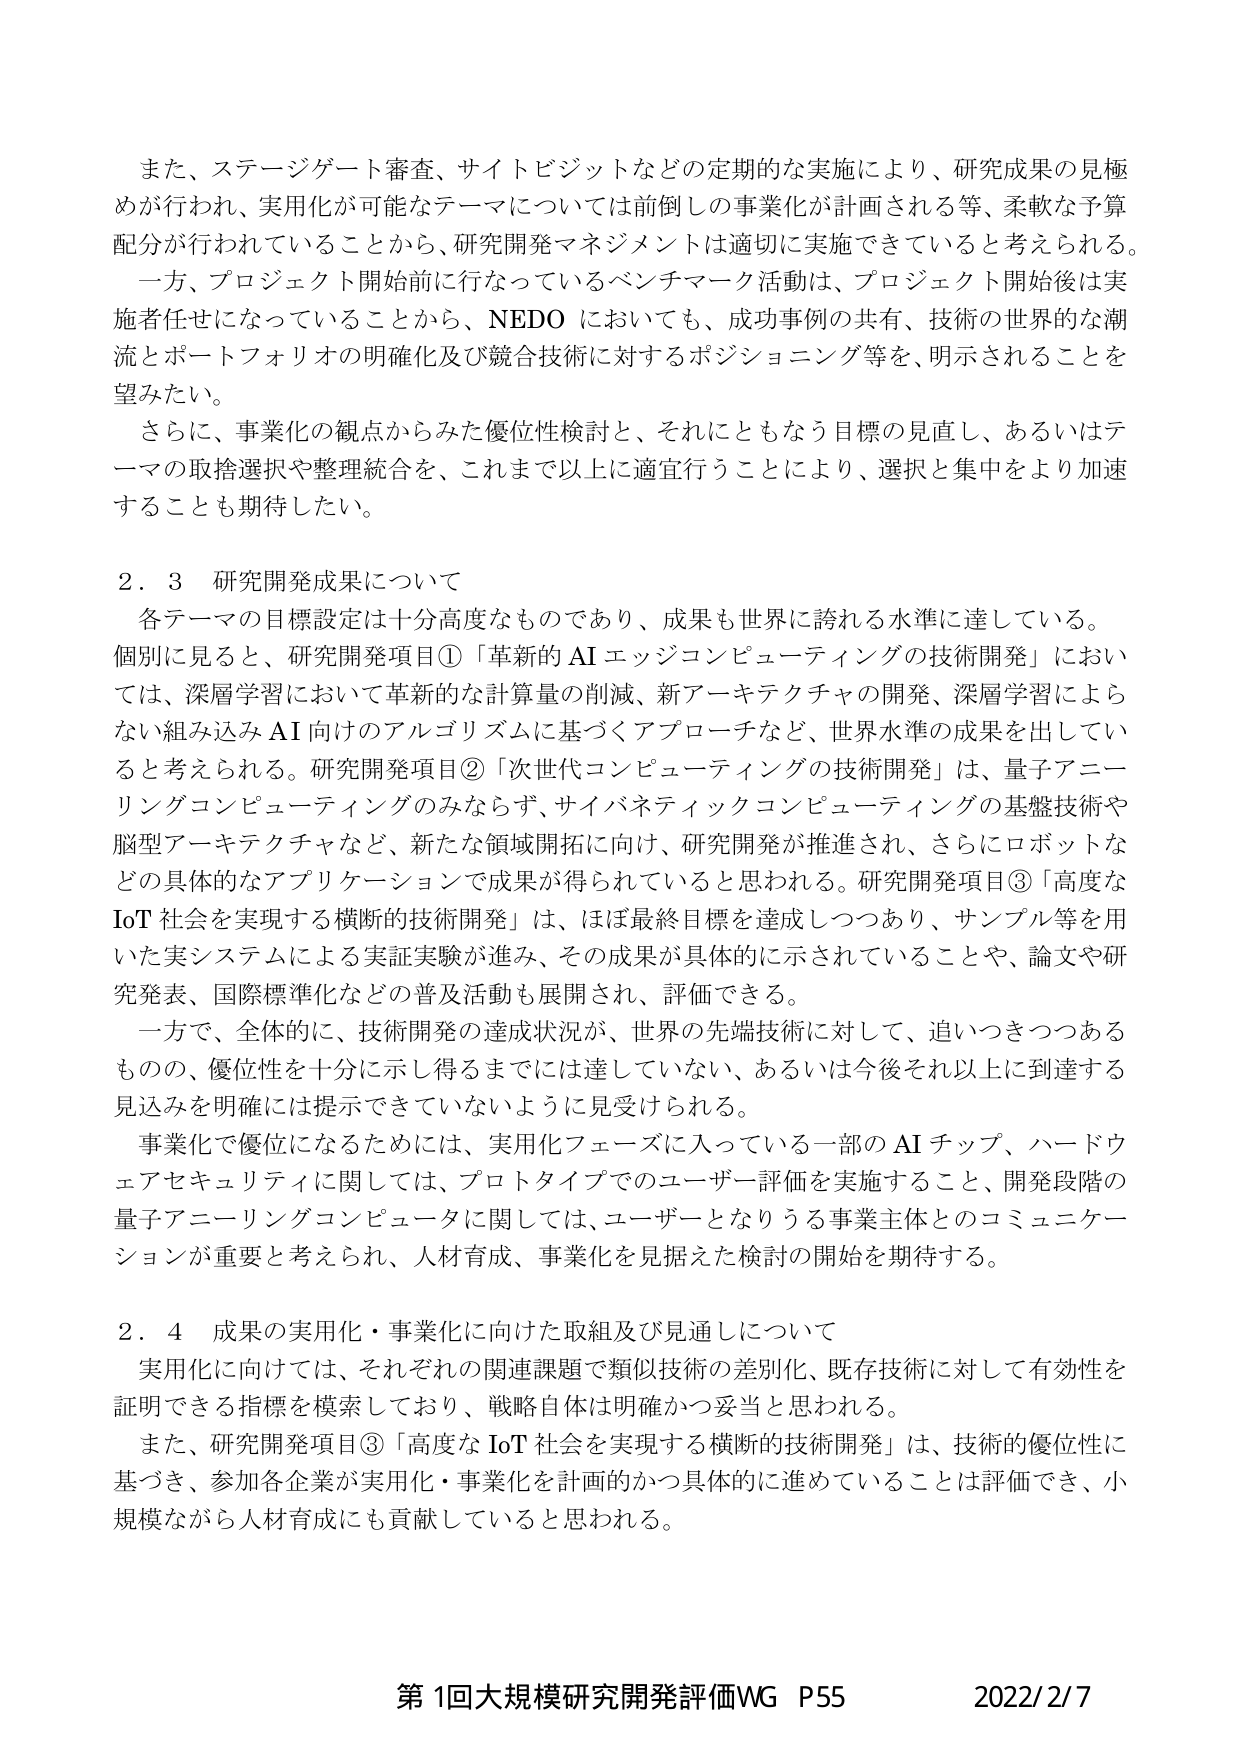
また、ステージゲート審査、サイトビジットなどの定期的な実施により、研究成果の見極めが行われ、実用化が可能なテーマについては前倒しの事業化が計画される等、柔軟な予算配分が行われていることから、研究開発マネジメントは適切に実施できていると考えられる。
一方、プロジェクト開始前に行なっているベンチマーク活動は、プロジェクト開始後は実施者任せになっていることから、NEDOにおいても、成功事例の共有、技術の世界的な潮流とポートフォリオの明確化及び競合技術に対するポジショニング等を、明示されることを望みたい。
さらに、事業化の観点からみた優位性検討と、それにともなう目標の見直し、あるいはテーマの取捨選択や整理統合を、これまで以上に適宜行うことにより、選択と集中をより加速することも期待したい。

2．3 研究開発成果について
各テーマの目標設定は十分高度なものであり、成果も世界に誇れる水準に達している。
個別に見ると、研究開発項目①「革新的AIエッジコンピューティングの技術開発」においては、深層学習において革新的な計算量の削減、新アーキテクチャの開発、深層学習によらない組み込みAI向けのアルゴリズムに基づくアプローチなど、世界水準の成果を出していると考えられる。研究開発項目②「次世代コンピューティングの技術開発」は、量子アニーリングコンピューティングのみならず、サイバネティックコンピューティングの基盤技術や脳型アーキテクチャなど、新たな領域開拓に向け、研究開発が推進され、さらにロボットなどの具体的なアプリケーションで成果が得られていると思われる。研究開発項目③「高度なIoT社会を実現する横断的技術開発」は、ほぼ最終目標を達成しつつあり、サンプル等を用いた実システムによる実証実験が進み、その成果が具体的に示されていることや、論文や研究発表、国際標準化などの普及活動も展開され、評価できる。
一方で、全体的に、技術開発の達成状況が、世界の先端技術に対して、追いつきつつあるものの、優位性を十分に示し得るまでには達していない、あるいは今後それ以上に到達する見込みを明確には提示できていないように見受けられる。
事業化で優位になるためには、実用化フェーズに入っている一部のAIチップ、ハードウェアセキュリティに関しては、プロトタイプでのユーザー評価を実施すること、開発段階の量子アニーリングコンピュータに関しては、ユーザーとなりうる事業主体とのコミュニケーションが重要と考えられ、人材育成、事業化を見据えた検討の開始を期待する。

2．4 成果の実用化・事業化に向けた取組及び見通しについて
実用化に向けては、それぞれの関連課題で類似技術の差別化、既存技術に対して有効性を証明できる指標を模索しており、戦略自体は明確かつ妥当と思われる。
また、研究開発項目③「高度なIoT社会を実現する横断的技術開発」は、技術的優位性に基づき、参加各企業が実用化・事業化を計画的かつ具体的に進めていることは評価でき、小規模ながら人材育成にも貢献していると思われる。

第1回大規模研究開発評価WG P55 2022/2/7